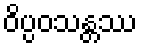
ဝိပ္ပဝသန္တဿ